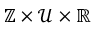
\mathbb { Z } \times \mathcal { U } \times \mathbb { R }